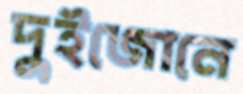
দুইজোনে